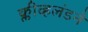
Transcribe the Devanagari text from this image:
क्लीव्हलंडने